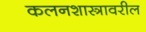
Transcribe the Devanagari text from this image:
कलनशास्त्रावरील